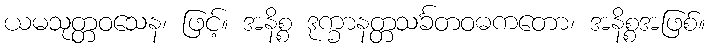
ယမသုတ္တဝသေန၊ ဖြင့်။ အနိစ္စ ဒုက္ခာနတ္တသင်္ခတဝဓကတော၊ အနိစ္စအဖြစ်။